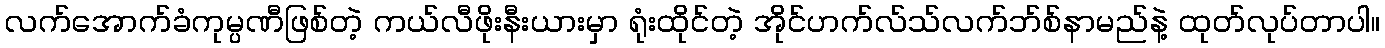
လက်အောက်ခံကုမ္ပဏီဖြစ်တဲ့ ကယ်လီဖိုးနီးယားမှာ ရုံးထိုင်တဲ့ အိုင်ဟက်လ်သ်လက်ဘ်စ်နာမည်နဲ့ ထုတ်လုပ်တာပါ။